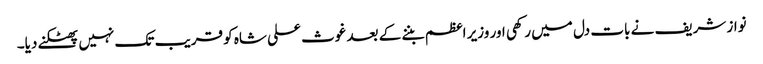
نواز شریف نے بات دل میں رکھی اور وزیر اعظم بننے کے بعد غوث علی شاہ کو قریب تک نہیں پھٹکنے دیا۔